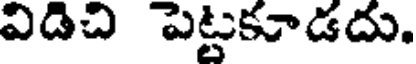
విడిచి పెట్టకూడదు.